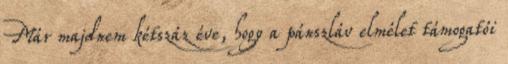
Már majdnem kétszáz éve, hogy a pánszláv elmélet támogatói